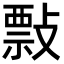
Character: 𢿏